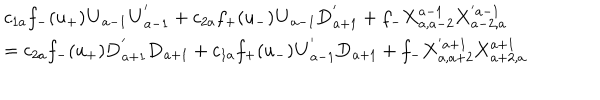
\begin{array} { l } { { c _ { 1 a } f _ { - } ( u _ { + } ) { \bf U } _ { a - 1 } { \bf U } _ { a - 1 } ^ { ' } + c _ { 2 a } f _ { + } ( u _ { - } ) { \bf U } _ { a - 1 } { \bf D } _ { a + 1 } ^ { ' } + f _ { - } { \bf X } _ { a , a - 2 } ^ { a - 1 } { \bf X } _ { a - 2 , a } ^ { ' a - 1 } } } \\ { { \mathrm { } = c _ { 2 a } f _ { - } ( u _ { + } ) { \bf D } _ { a + 1 } ^ { ' } { \bf D } _ { a + 1 } + c _ { 1 a } f _ { + } ( u _ { - } ) { \bf U } _ { a - 1 } ^ { ' } { \bf D } _ { a + 1 } + f _ { - } { \bf X } _ { a , a + 2 } ^ { ' a + 1 } { \bf X } _ { a + 2 , a } ^ { a + 1 } } } \\ \end{array}